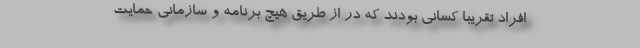
افراد تقریبا کسانی بودند که در از طریق هیچ برنامه و سازمانی حمایت